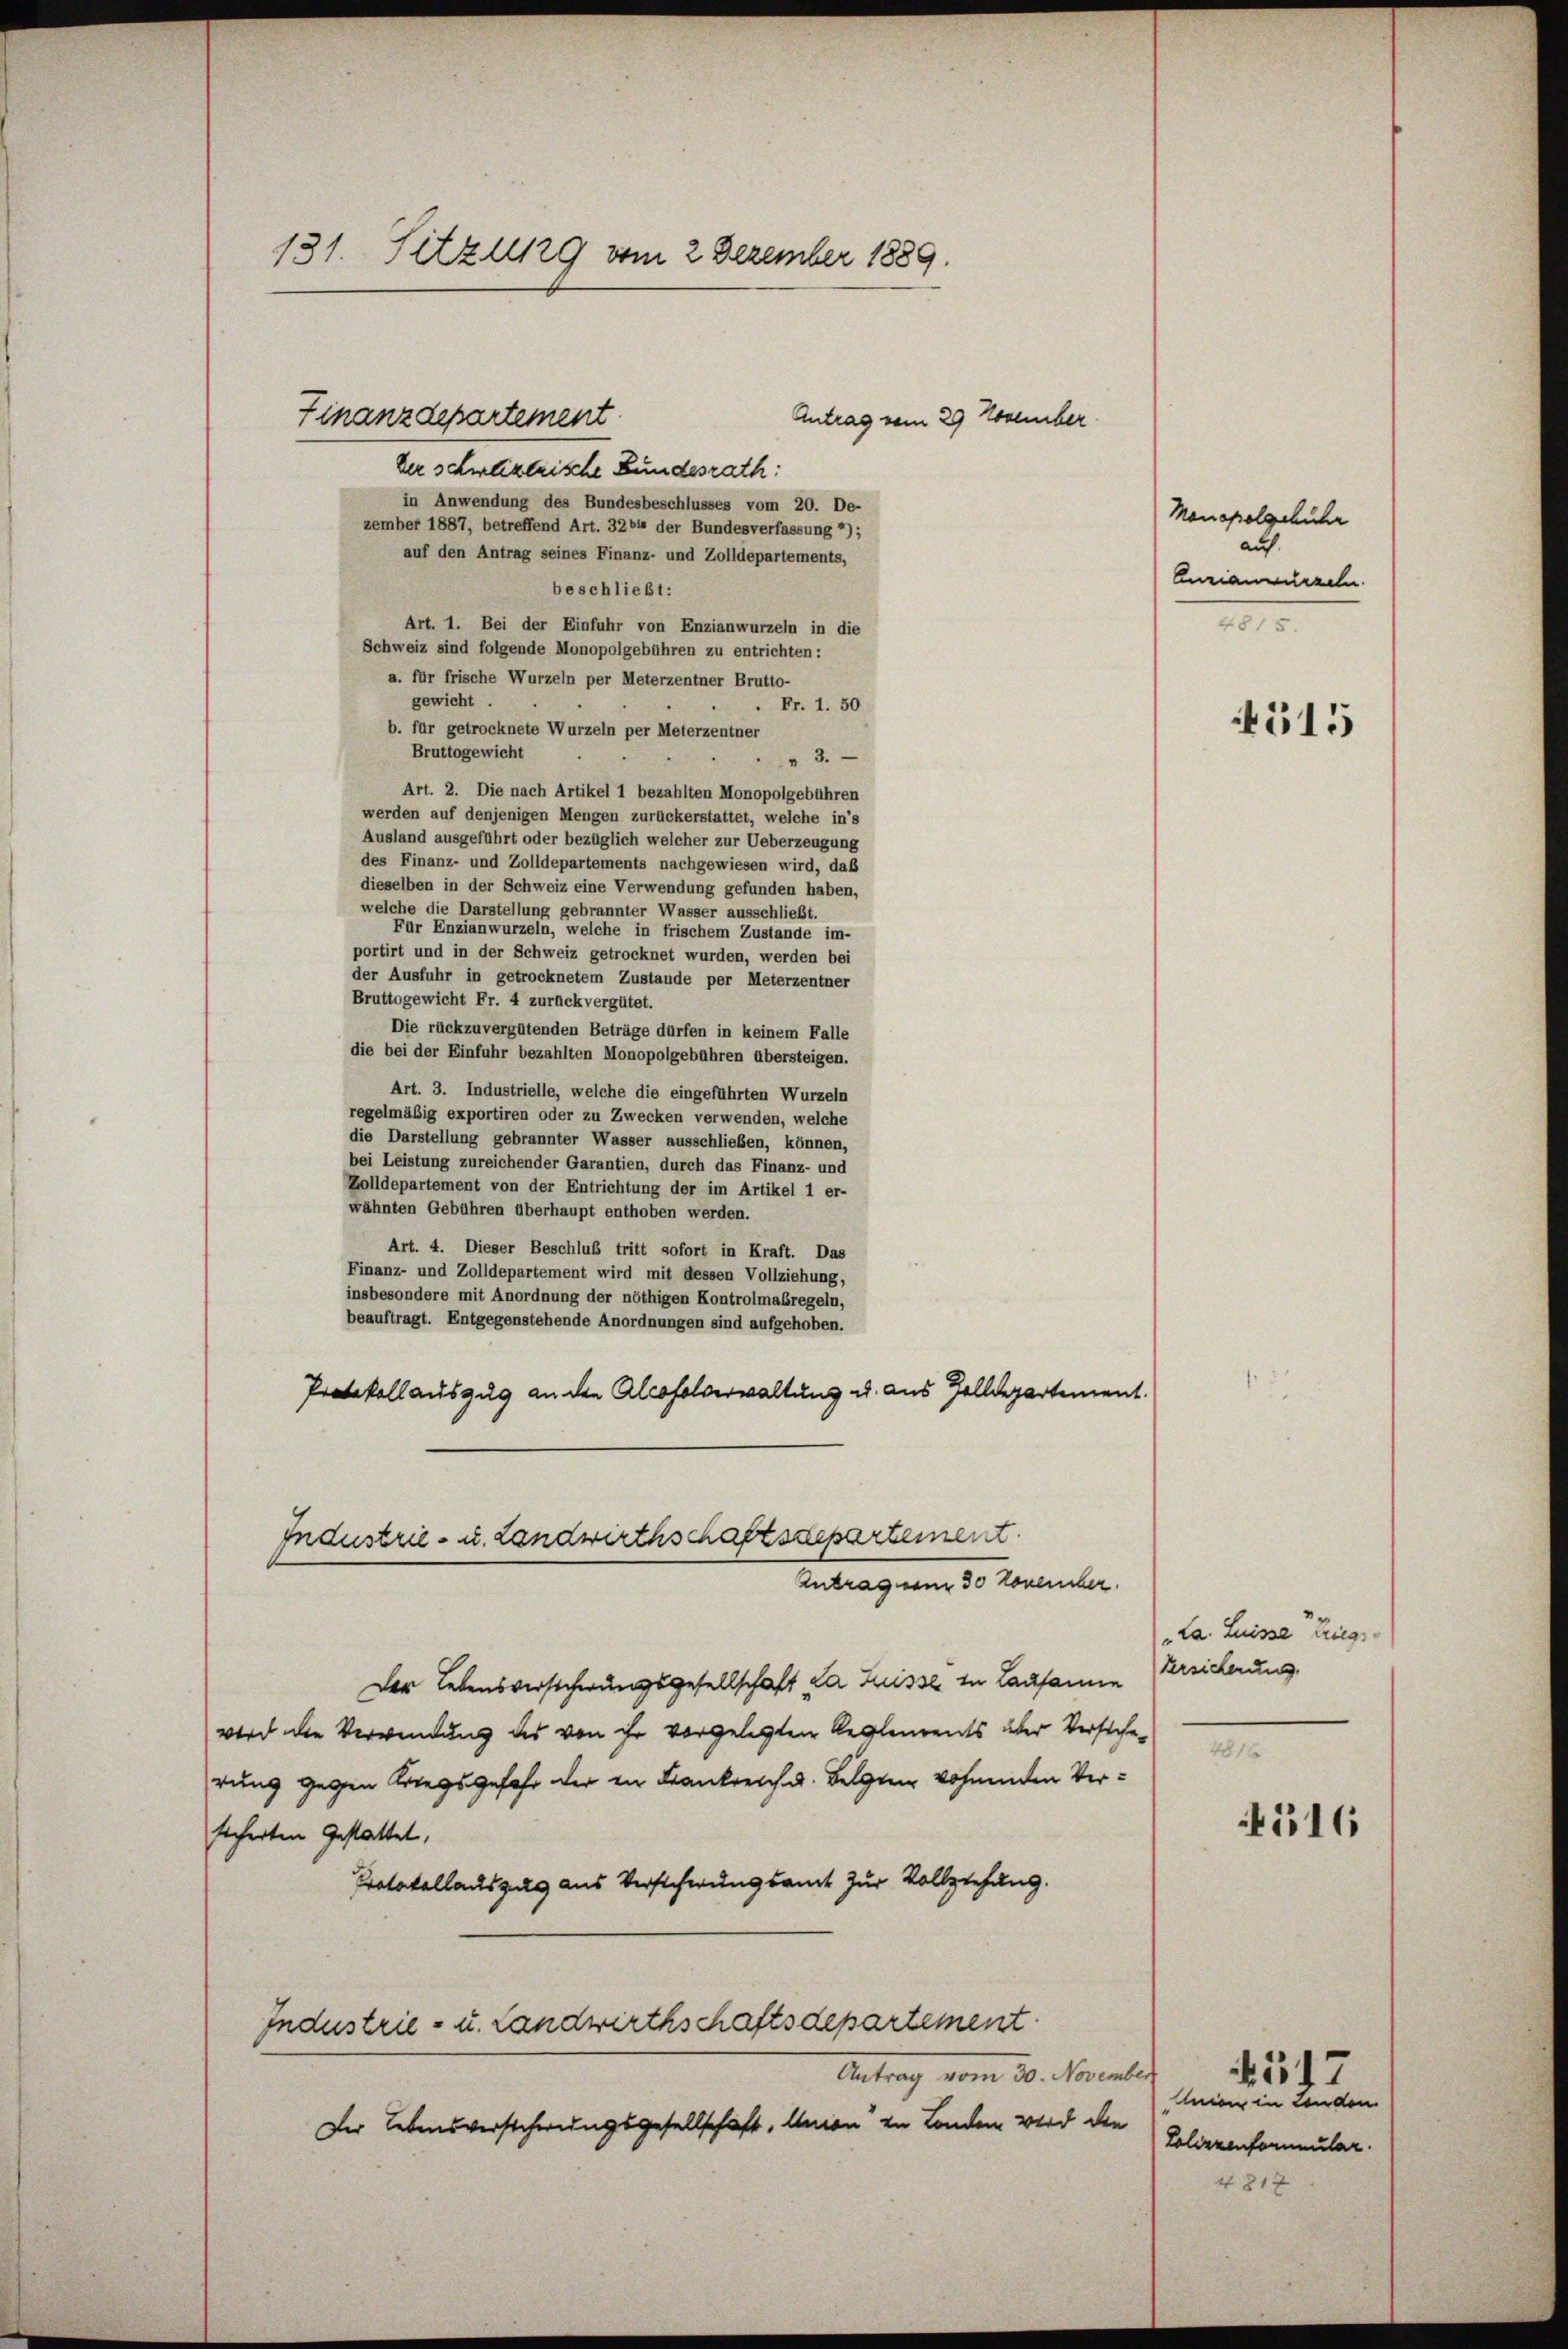
131. Sitzung vom 2 Dezember 1889.
Finanzdepartement
Antrag vom 29 November
der schweizerische Bundesrath:

in Anwendung des Bundesbeschlusses vom 20. De-
zember 1887, betreffend Art. 3264 der Bundesverfassung 2);
auf den Antrag seines Finanz- und Zolldepartements,
beschließt:
Art. 1. Bei der Einfuhr von Enzianwurzeln in die
Schweiz sind folgende Monopolgebühren zu entrichten:
a. für frische Wurzeln per Meterzentner Brutto-
gewicht.
Fr. 1. 50
b. für getrocknete Wurzeln per Meterzentner
Bruttogewicht
3.
Art. 2. Die nach Artikel 1 bezahlten Monopolgebühren
werden auf denjenigen Mengen zurückerstattet, welche in’s
Ausland ausgeführt oder bezüglich welcher zur Ueberzeugung
des Finanz- und Zolldepartements nachgewiesen wird, daß
dieselben in der Schweiz eine Verwendung gefunden haben,
welche die Darstellung gebrannter Wasser ausschließt.
Für Enzianwurzeln, welche in frischem Zustande im-
portirt und in der Schweiz getrocknet wurden, werden bei
der Ausfuhr in getrocknetem Zustande per Meterzentner
Bruttogewicht Fr. 4 zurückvergütet.
Die rückzuvergütenden Beträge dürfen in keinem Falle
die bei der Einfuhr bezahlten Monopolgebühren übersteigen.
Art. 3. Industrielle, welche die eingeführten Wurzeln
regelmäßig exportiren oder zu Zwecken verwenden, welche
die Darstellung gebrannter Wasser ausschließen, können,
bei Leistung zureichender Garantien, durch das Finanz- und
Zolldepartement von der Entrichtung der im Artikel 1 er-
wähnten Gebühren überhaupt enthoben werden.
Art. 4. Dieser Beschluß tritt sofort in Kraft. Das
Finanz- und Zolldepartement wird mit dessen Vollziehung,
insbesondere mit Anordnung der nöthigen Kontrolmaßregeln,
beauftragt. Entgegenstehende Anordnungen sind aufgehoben.
Protokollauszug an den Alcofolverwaltung u. aus Zolldepartement.
Industrie- u. Landwirthschaftssepartement
Antrag vom 30 November.
Der Lebensversicherungsgesellschaft da Suisse in Lausann
wird die Verwendung des von ihr vorgelegten Reglements über Versicherung gegen Kriegsgefahr der in Frankreich u. Beigen wohnenden Versicherten Gestattet,
Protokollauszug aus Verscheungsamt zur Vollziehung.
Industrie- u. Landwirthschaftsdepartement
Antrag vom 30. November
Der Lebensversicherungsgesellschaft, Union zu Landen wird die

Monopolgebühr
auf.
Curianwurzeln
4815.

4515

"La. Luisse triegs-
Versicherung

416

Union in Landen
Loliezenformular.

517

4812